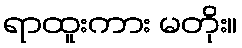
ရာထူးကား မတိုး။